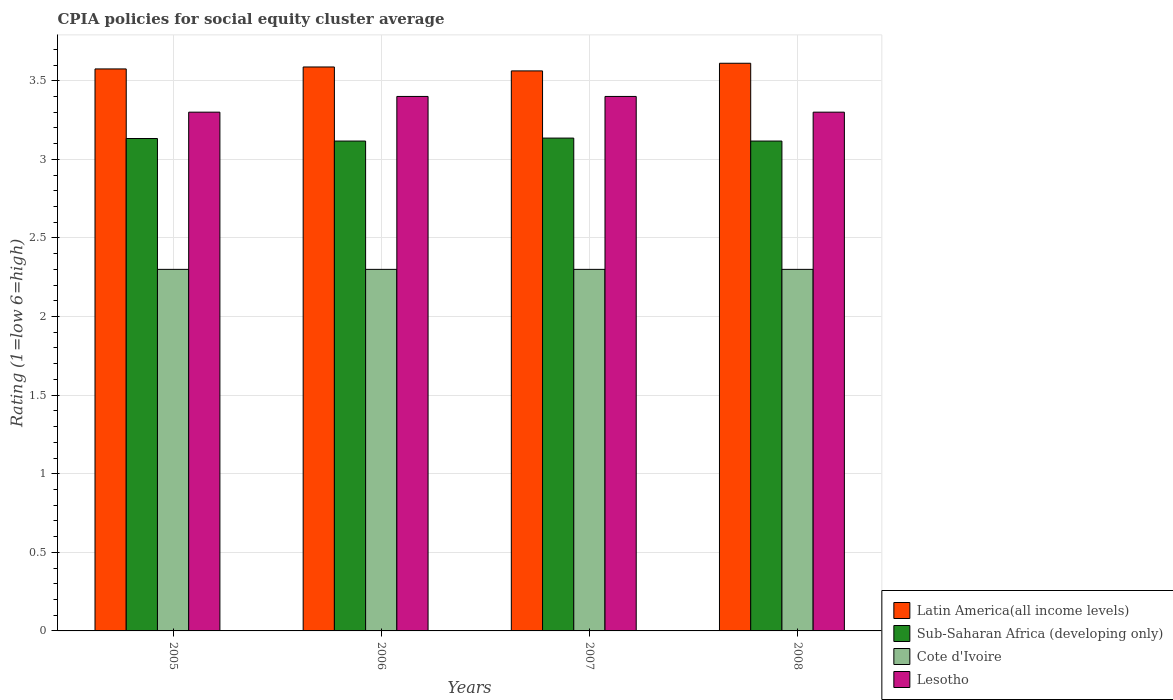
| Years | Latin America(all income levels) | Sub-Saharan Africa (developing only) | Cote d'Ivoire | Lesotho |
 | --- | --- | --- | --- | --- |
 | 2005 | 3.58 | 3.13 | 2.3 | 3.3 |
 | 2006 | 3.59 | 3.12 | 2.3 | 3.4 |
 | 2007 | 3.56 | 3.14 | 2.3 | 3.4 |
 | 2008 | 3.61 | 3.12 | 2.3 | 3.3 |